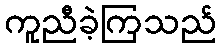
ကူညီခဲ့ကြသည်